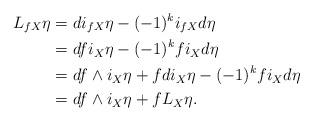
LaTeX: \begin{align*}L_{fX}\eta&=di_{fX}\eta-(-1)^ki_{fX}d\eta\\&=dfi_X\eta-(-1)^kfi_Xd\eta\\&=df\wedge i_X\eta+fdi_X\eta-(-1)^kfi_Xd\eta\\&=df\wedge i_X\eta+fL_X\eta.\end{align*}